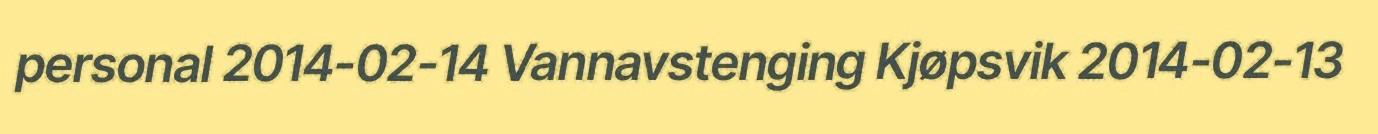
personal 2014-02-14 Vannavstenging Kjøpsvik 2014-02-13